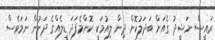
ރައީސް ނަޝީދު ގެއަށް ބަދަލުކޮށް ދިން ލިއުމަކީ ކޮންމެފަދަ ޑީލެއްގެ ދަށުން ނަމަވެސް